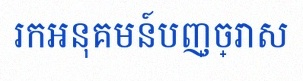
រកអនុគមន៍បញ្ច្រាស